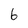
Character: 6